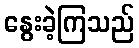
နွေးခဲ့ကြသည်